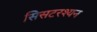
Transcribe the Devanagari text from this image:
सिसटरश्यन